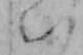
い